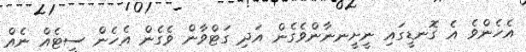
އެހެންވެ އެ ގޮނޑީގައި ނީށީނނާންވެގެން އަދި ގަޓްވާން ވެގެން އެހެން ސީޓެއް ނެއް